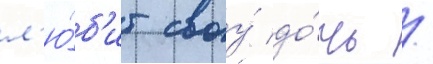
л'ю́б'ит своу́ до́чь /